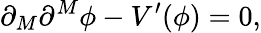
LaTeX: \partial_{M}\partial^{M}\phi-V^{\prime}(\phi)=0,